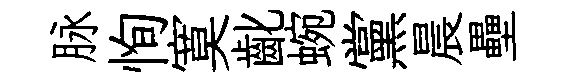
脉恂寞齔蜿黨晨壘